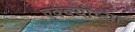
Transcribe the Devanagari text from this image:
एक्क्याच्या